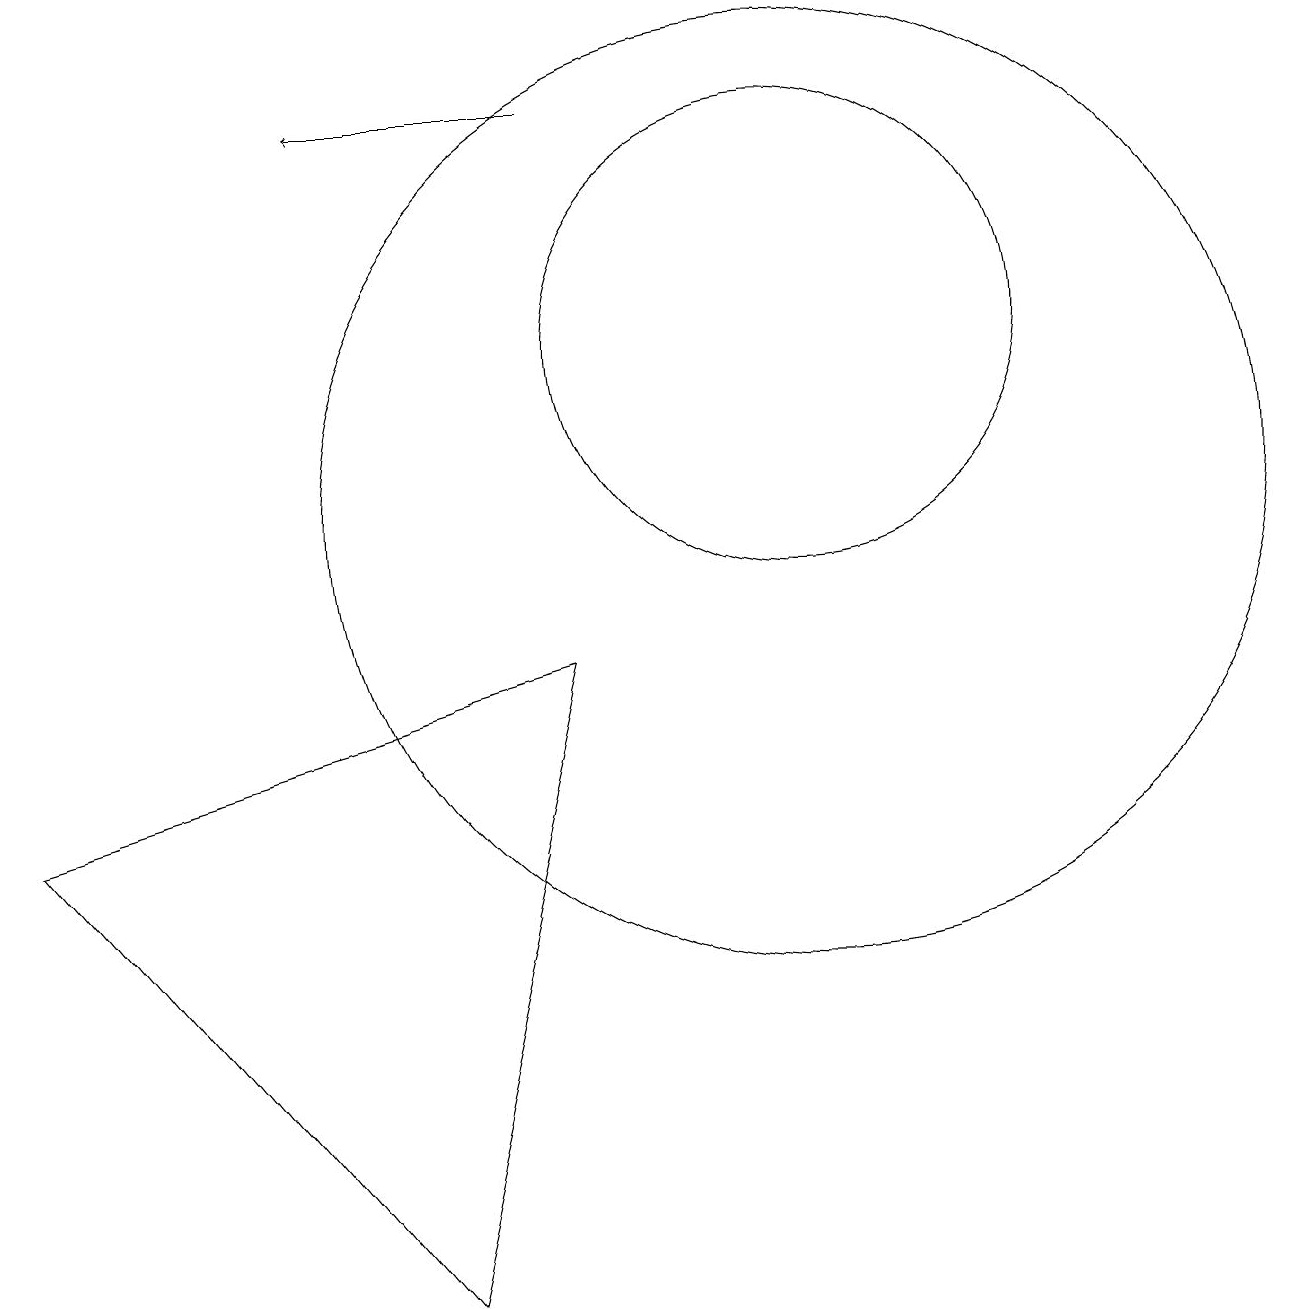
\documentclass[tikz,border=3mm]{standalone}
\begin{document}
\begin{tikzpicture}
\draw (10,12) circle (3);
\draw (0,6) -- (5,0) -- (7,8) -- cycle;
\draw[->] (7,15) -- (4,15);
\draw (10,10) circle (6);
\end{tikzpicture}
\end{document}